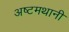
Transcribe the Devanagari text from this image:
अष्टमथानी